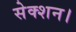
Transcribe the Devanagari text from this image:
सेक्शन।